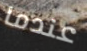
عندما